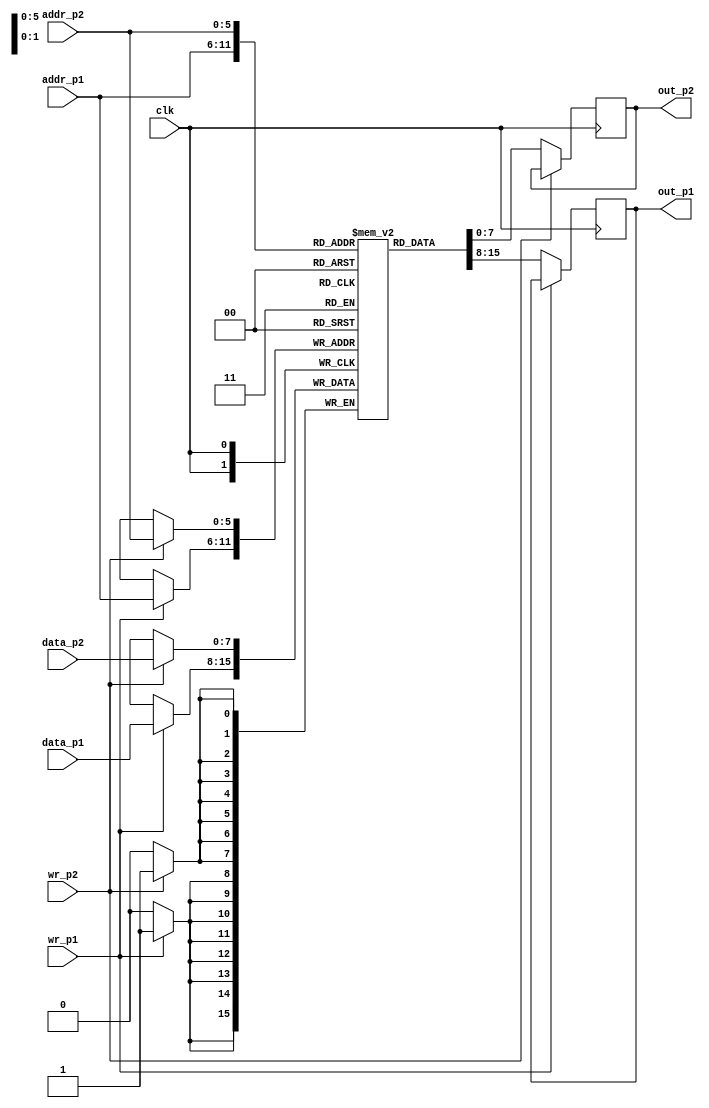
// Code your design here
module dual_port_ram(
  input [7:0] data_p1, data_p2, 
  input [5:0] addr_p1, addr_p2,
  input wr_p1, wr_p2, 
  input clk, 
  output reg [7:0] out_p1, out_p2
);
  
  reg [7:0] ram [63:0]; //8*64 bit ram

 
  always @ (posedge clk)
    begin
      if(wr_p1)
        ram[addr_p1] <= data_p1;
      else
        out_p1 <= ram[addr_p1]; 
    end
  
  always @ (posedge clk)
    begin
      if(wr_p2)
        ram[addr_p2] <= data_p2;
      else
        out_p2 <= ram[addr_p2]; 
    end
  
endmodule